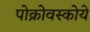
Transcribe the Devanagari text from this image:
पोक्रोवस्कोये